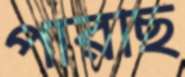
পারছি